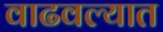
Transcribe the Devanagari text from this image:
वाढवल्यात